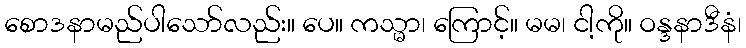
စောဒနာမည်ပါသော်လည်း။ ပေ။ ကသ္မာ၊ ကြောင့်။ မမ၊ ငါ့ကို။ ဝန္ဒနာဒီနံ၊